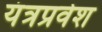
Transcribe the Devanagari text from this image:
यंत्रप्रवेश